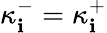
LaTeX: \kappa_{\mathbf{i}}^{-}=\kappa_{\mathbf{i}}^{+}